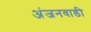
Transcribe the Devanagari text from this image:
अंजनवाडी